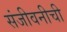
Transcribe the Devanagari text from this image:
संजीवनीची